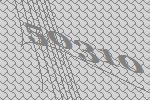
50310